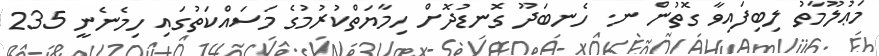
މަޢުލޫމާތު ލިބިފައިވާ ގޮތުން ނ. ހެނބަދޫ ގޮނޑުދޮށް ހިމާޔަތްކުރުމުގެ މަސައްކަތުގައި ހިމެނެނީ 235